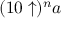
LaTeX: ( 1 0 \uparrow ) ^ { n } a